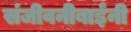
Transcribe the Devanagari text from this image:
संजीवनीबाईंनी